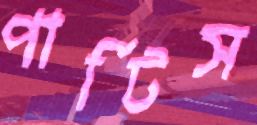
পার্টিস